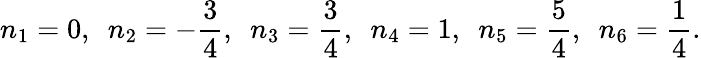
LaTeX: n_{1}=0,~~n_{2}=-{\frac{3}{4}},~~n_{3}={\frac{3}{4}},~~n_{4}=1,~~n_{5}={\frac{5}{4}},~~n_{6}={\frac{1}{4}}.